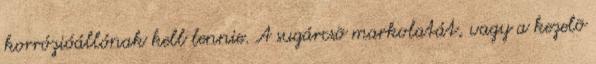
korrózióállónak kell lennie. A sugárcsõ markolatát, vagy a kezelõ